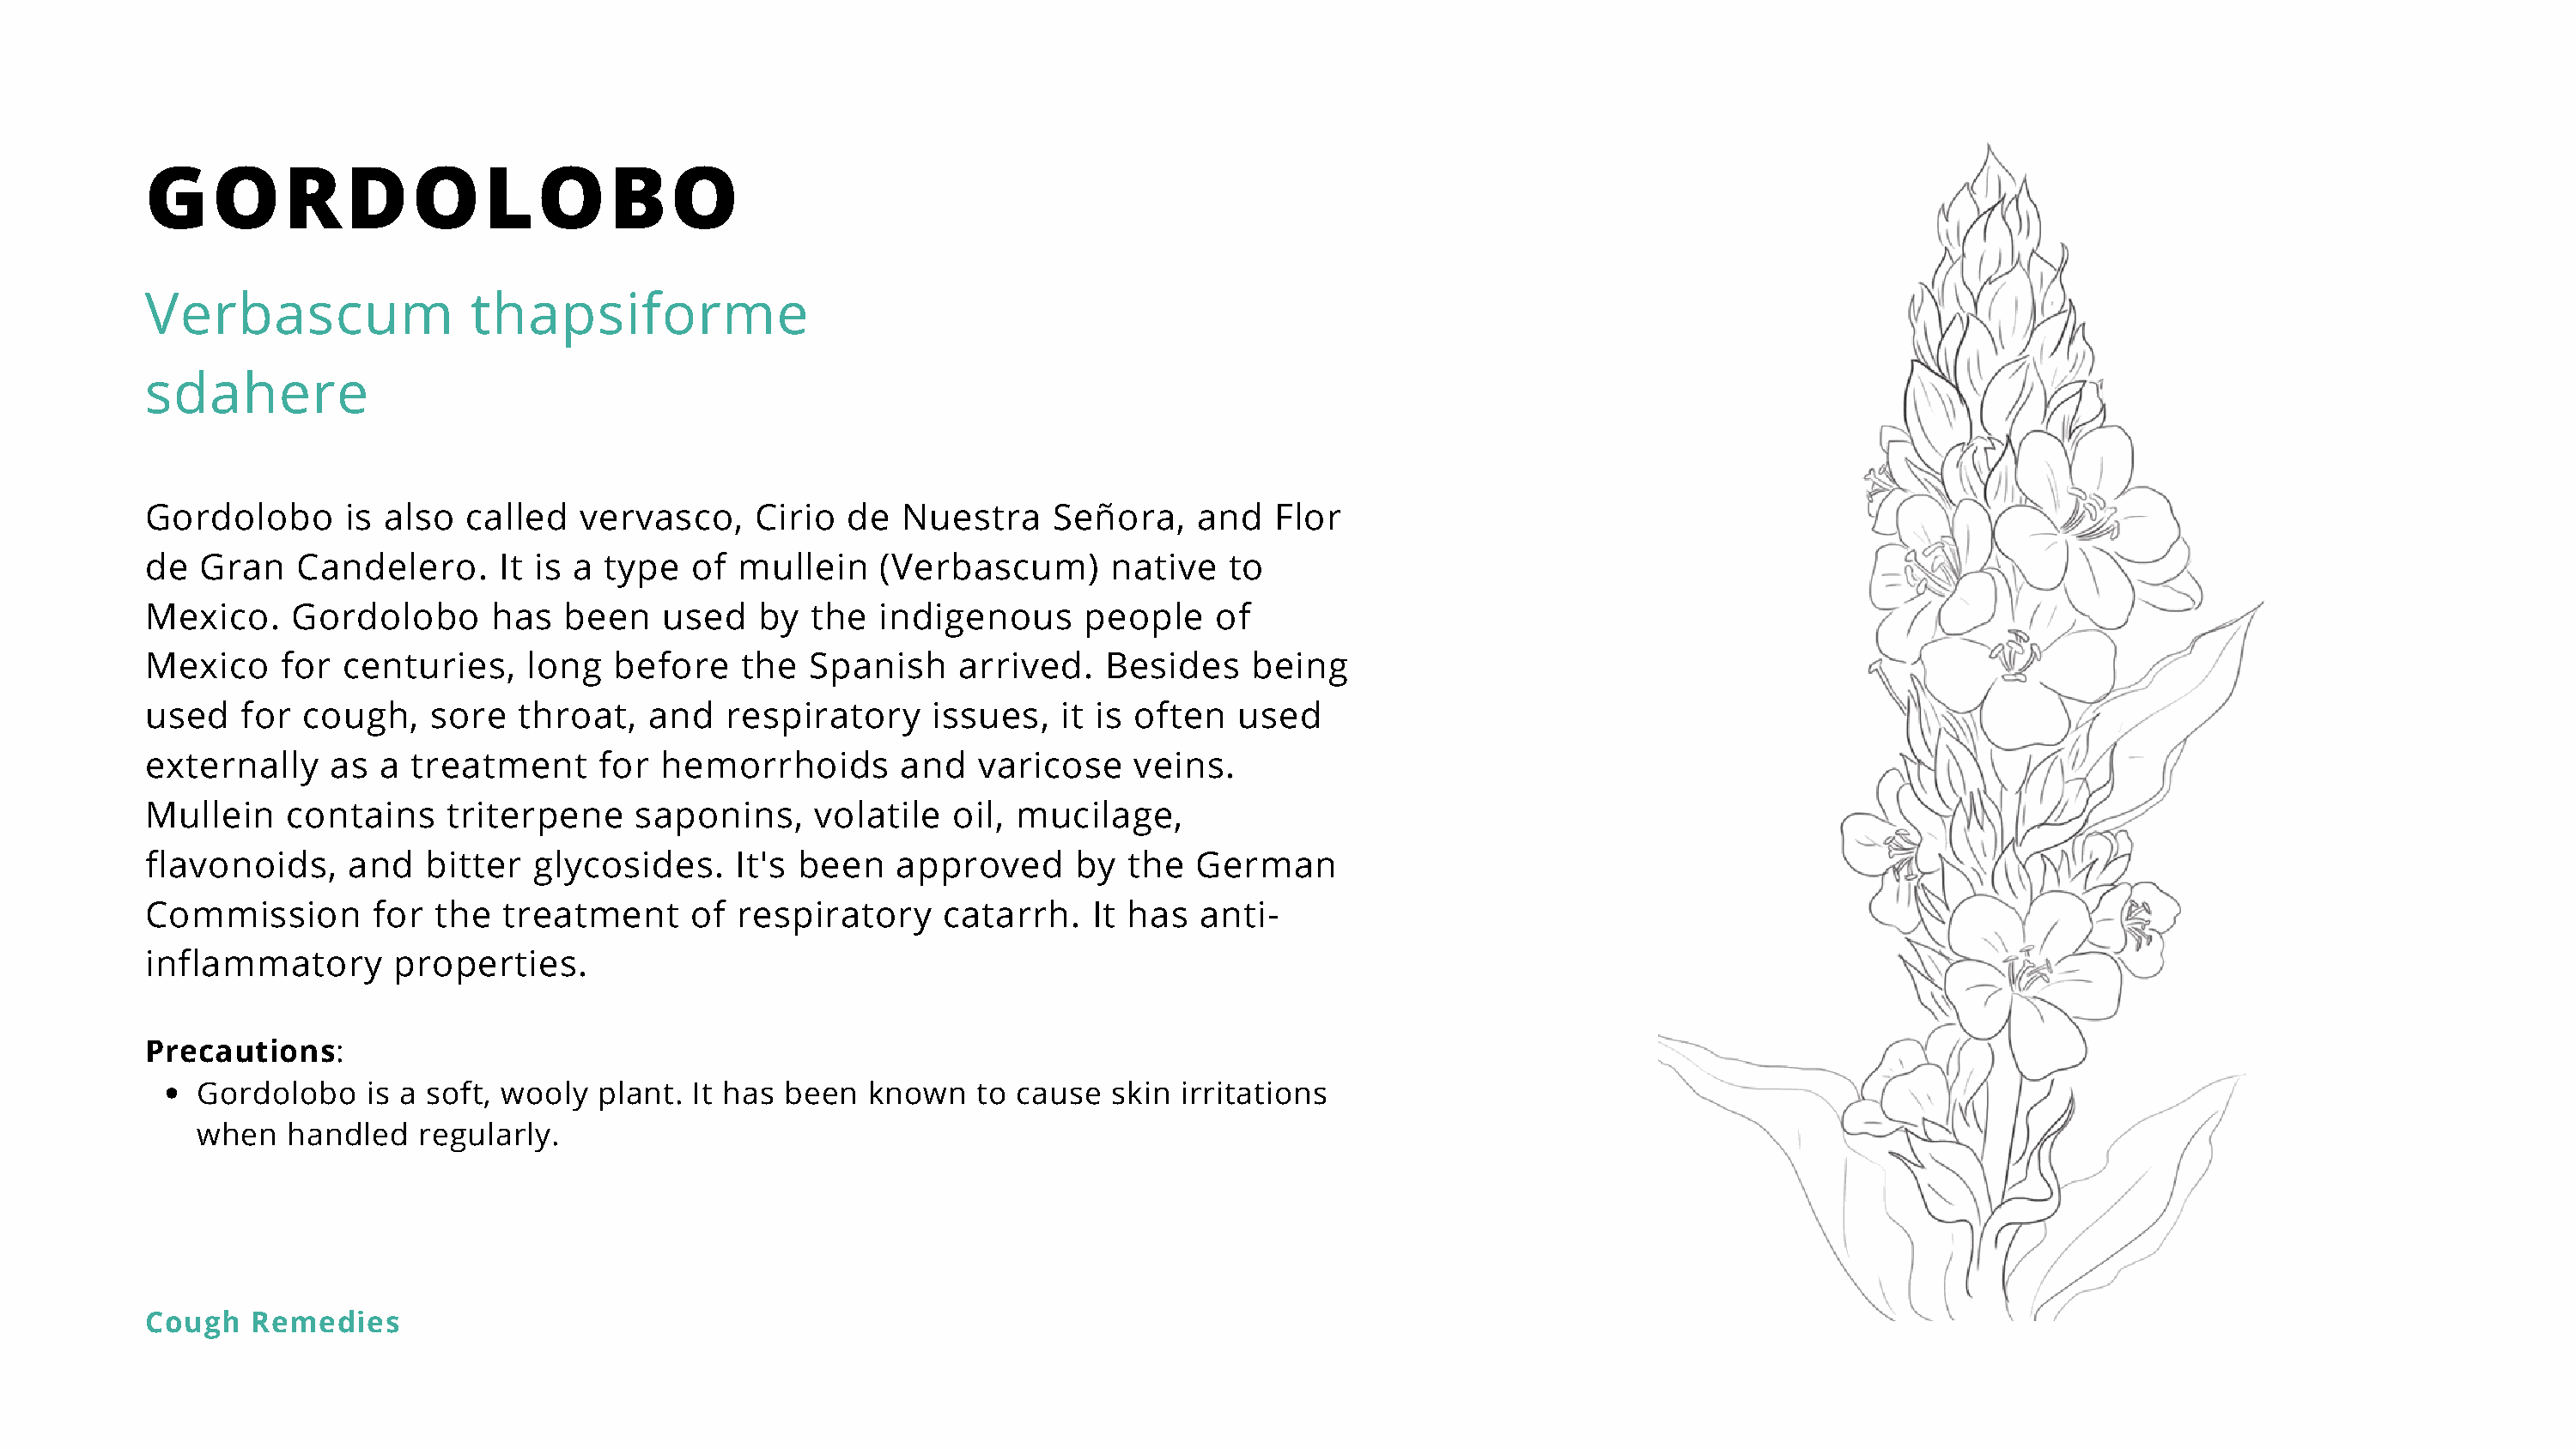
GORDOLOBO
 Verbascum                thapsiforme
 sdahere
 Gordolobo       is also  called   vervasco,    Cirio  de   Nuestra    Señora,    and   Flor
 de  Gran    Candelero.     It is a  type  of  mullein    (Verbascum)       native   to
 Mexico.    Gordolobo       has  been    used   by  the   indigenous      people    of
 Mexico     for centuries,     long  before    the  Spanish     arrived.   Besides    being
 used    for cough,    sore   throat,   and   respiratory     issues,   it is often  used
 externally    as  a  treatment     for  hemorrhoids       and   varicose    veins.
 Mullein    contains    triterpene     saponins,     volatile  oil, mucilage,
 flavonoids,     and   bitter  glycosides.     It's been   approved      by  the  German
 Commission        for the   treatment     of  respiratory     catarrh.   It has  anti-
 inflammatory       properties.
 Precautions:
 Gordolobo    is a soft, wooly  plant. It has been   known   to cause   skin irritations
 when   handled   regularly.
 Cough   Remedies